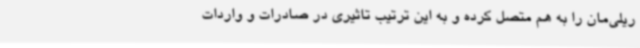
ریلی‌مان را به هم متصل کرده و به این ترتیب تاثیری در صادرات و واردات